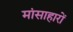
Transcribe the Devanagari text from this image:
मांसाहारों